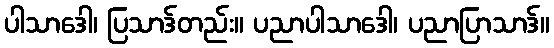
ပါသာဒေါ၊ ပြသာဒ်တည်း။ ပညာပါသာဒေါ၊ ပညာပြာသာဒ်။